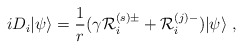
\begin{align*}i D_i|\psi\rangle=\frac{1}{r}(\gamma {\cal R}_{i}^{(s)\pm} + {\cal R}_{i}^{(j)-})|\psi\rangle~,\end{align*}